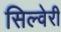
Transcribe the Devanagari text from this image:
सिल्वेरी